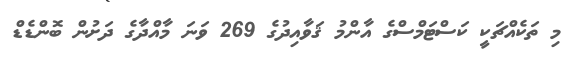
މި ތަކެއްޗަކީ ކަސްޓަމްސްގެ އާންމު ޤަވާއިދުގެ 269 ވަނަ މާއްދާގެ ދަށުން ބޮންޑެޑް